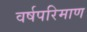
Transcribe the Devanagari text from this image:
वर्षपरिमाण